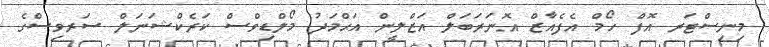
މިނިސްޓަރ އޮފް ހޯމް އެފެއާޒް އޮނަރަބަލް އަޒްލީން އަޙްމަދު މޯލްޑިވްސް ކަރެކްޝަނަލް ސަރވިސްގެ